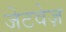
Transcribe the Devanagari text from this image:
जेटवेज़